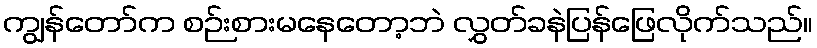
ကျွန်တော်က စဉ်းစားမနေတော့ဘဲ လွှတ်ခနဲပြန်ဖြေလိုက်သည်။